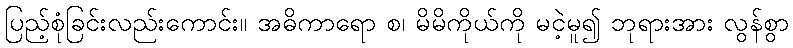
ပြည့်စုံခြင်းလည်းကောင်း။ အဓိကာရော စ၊ မိမိကိုယ်ကို မငဲ့မူ၍ ဘုရားအား လွန်စွာ